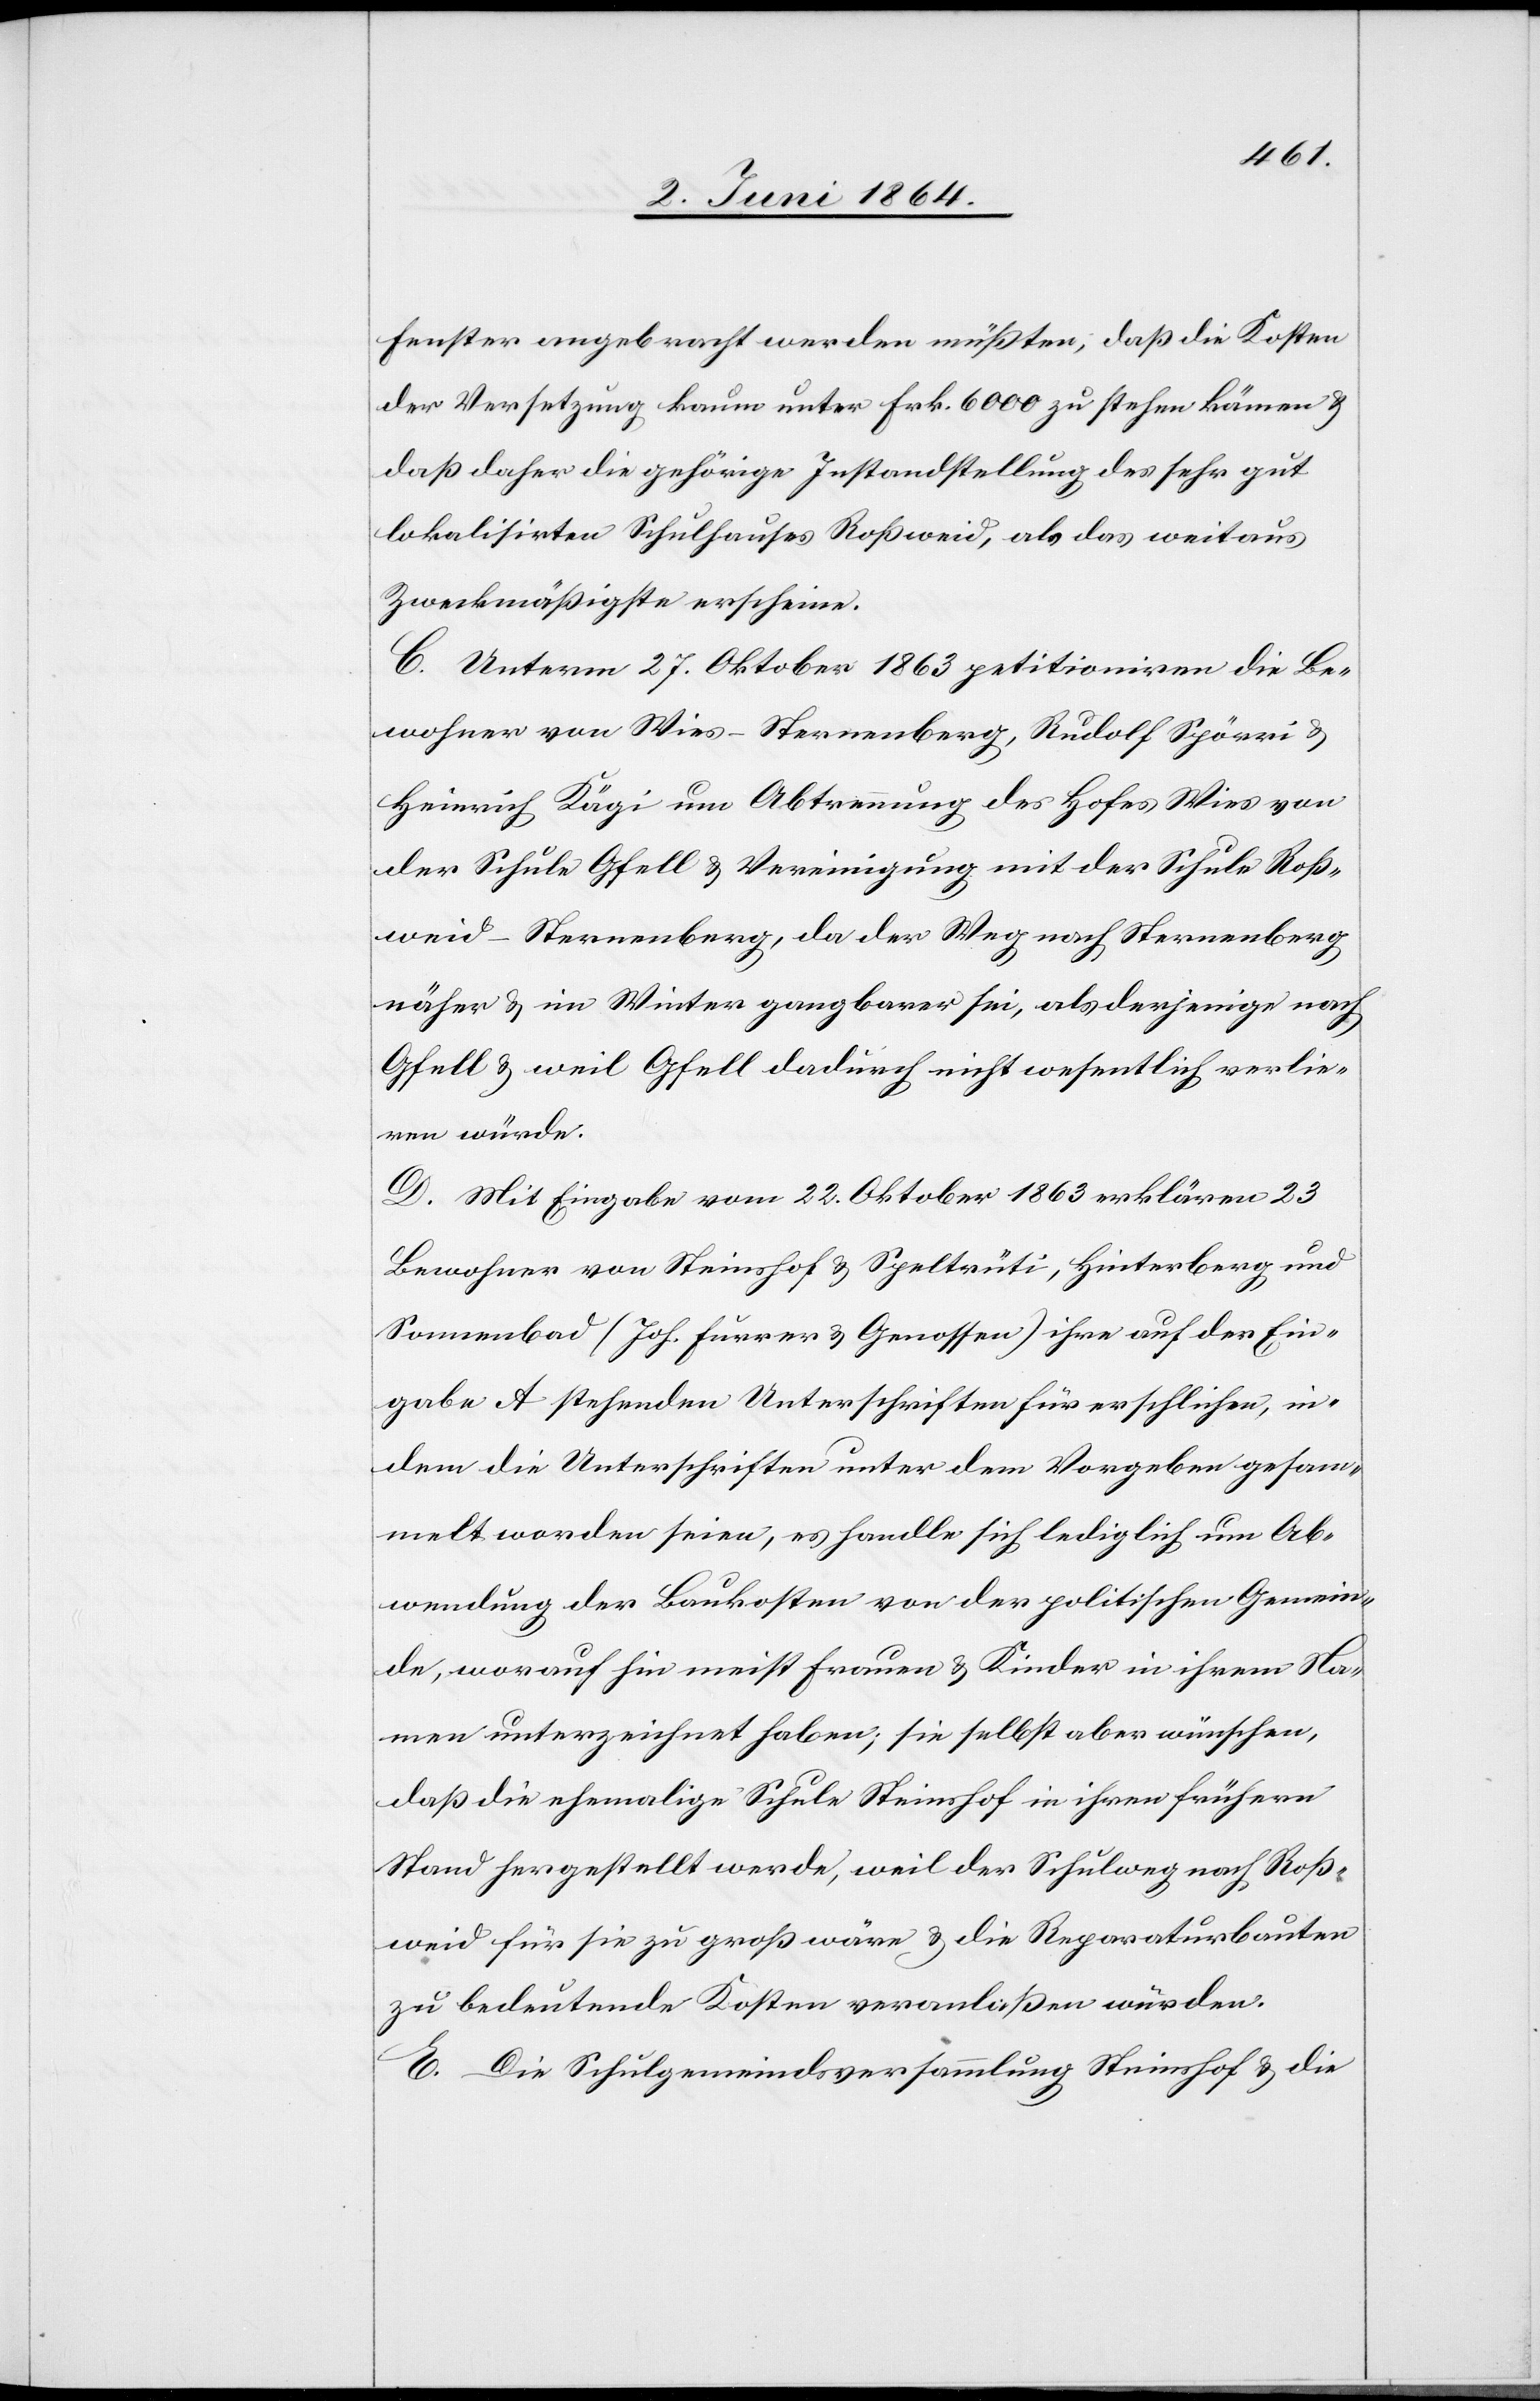
Fenster angebracht werden müßten, daß die Kosten
der Versetzung kaum unter Frk. 6000 zu stehen kämen u.
daß daher die gehörige Instandstellung des sehr gut
lokalisirten Schulhauses Roßweid, als das weitaus
Zweckmäßigste erscheine.
C. Unterm 27. Oktober 1863 petitioniren die Be¬
wohner von Wies-Sternenberg, Rudolf Spörri u.
Heinrich Kägi um Abtrennung des Hofes Wies von
der Schule Gfell u. Vereinigung mit der Schule Roß¬
weid – Sternenberg, da der Weg nach Sternenberg
näher u. im Winter gangbarer sei, als derjenige nach
Gfell u. weil Gfell dadurch nicht wesentlich verlie¬
ren würde.
D. Mit Eingabe vom 22. Oktober 1863 erklären 23
Bewohner von Steinshof u. Speltrüti, Hinterberg und
Sonnenbad (Joh. Furrer u. Genossen) ihre auf der Ein¬
gabe A. stehenden Unterschriften für erschlichen, in¬
dem die Unterschriften unter dem Vorgeben gesam¬
melt worden seien, es handle sich lediglich um Ab¬
wendung der Baukosten von der politischen Gemein¬
de, worauf hin meist Frauen u. Kinder in ihrem Na¬
men unterzeichnet habe; sie selbst aber wünschen,
daß die ehemalige Schule Steinshof in ihren frühern
Stand hergestellt werde, weil der Schulweg nach Roß¬
weid für sie zu groß wäre u. die Reparaturbauten
zu bedeutende Kosten veranlaßen würden.
E. Die Schulgemeindsversammlung Steinshof u. die